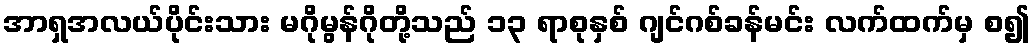
အာရှအလယ်ပိုင်းသား မဂိုမွန်ဂိုတို့သည် ၁၃ ရာစုနှစ် ဂျင်ဂစ်ခန်မင်း လက်ထက်မှ စ၍